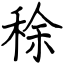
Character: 稌